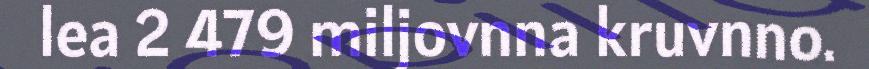
lea 2 479 miljovnna kruvnno.